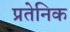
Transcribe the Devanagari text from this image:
प्रतेनिक